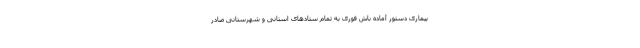
بیماری دستور آماده باش فوری به تمام ستادهای استانی و شهرستانی صادر